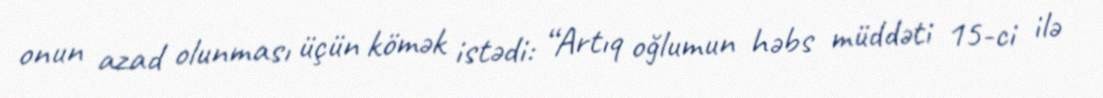
onun azad olunması üçün kömək istədi: “Artıq oğlumun həbs müddəti 15-ci ilə